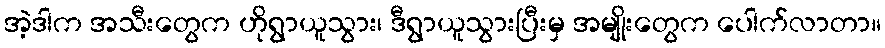
အဲ့ဒါက အသီးတွေက ဟိုရွာယူသွား၊ ဒီရွာယူသွားပြီးမှ အမျိုးတွေက ပေါက်လာတာ။